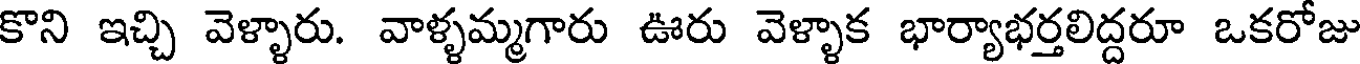
కొని ఇచ్చి వెళ్ళారు. వాళ్ళమ్మగారు ఊరు వెళ్ళాక భార్యాభర్తలిద్దరూ ఒకరోజు